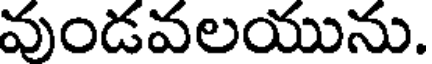
వుండవలయును.